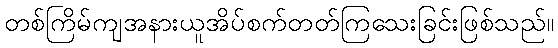
တစ်ကြိမ်ကျအနားယူအိပ်စက်တတ်ကြသေးခြင်းဖြစ်သည်။